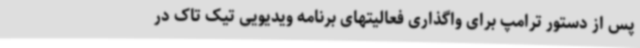
پس از دستور ترامپ برای واگذاری فعالیتهای برنامه ویدیویی تیک تاک در